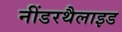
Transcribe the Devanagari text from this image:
नींडरथैलाइड